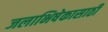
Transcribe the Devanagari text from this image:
जलाभिषेकासाठी